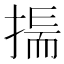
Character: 𢰚